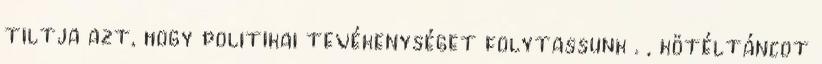
tiltja azt, hogy politikai tevékenységet folytassunk . , kötéltáncot